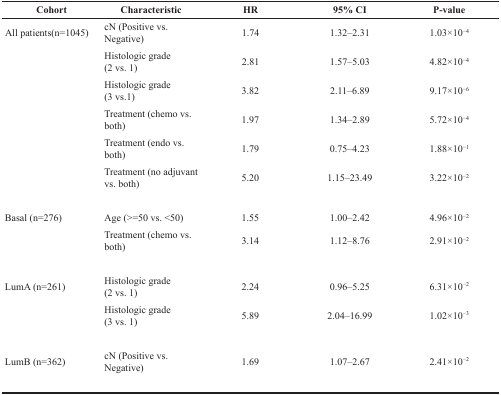
<table><thead><tr><td><b>Cohort</b></td><td><b>Characteristic</b></td><td><b>HR</b></td><td><b>95% CI</b></td><td><b>P-value</b></td></tr></thead><tbody><tr><td rowspan="6">All patients(n=1045)</td><td>cN (Positive vs. Negative)</td><td>1.74</td><td>1.32–2.31</td><td>1.03×10<sup>−4</sup></td></tr><tr><td>Histologic grade (2 vs. 1)</td><td>2.81</td><td>1.57–5.03</td><td>4.82×10<sup>−4</sup></td></tr><tr><td>Histologic grade (3 vs.1)</td><td>3.82</td><td>2.11–6.89</td><td>9.17×10<sup>−6</sup></td></tr><tr><td>Treatment (chemo vs. both)</td><td>1.97</td><td>1.34–2.89</td><td>5.72×10<sup>−4</sup></td></tr><tr><td>Treatment (endo vs. both)</td><td>1.79</td><td>0.75–4.23</td><td>1.88×10<sup>−1</sup></td></tr><tr><td>Treatment (no adjuvant vs. both)</td><td>5.20</td><td>1.15–23.49</td><td>3.22×10<sup>−2</sup></td></tr><tr><td rowspan="2">Basal (n=276)</td><td>Age (&gt;=50 vs. &lt;50)</td><td>1.55</td><td>1.00–2.42</td><td>4.96×10<sup>−2</sup></td></tr><tr><td>Treatment (chemo vs. both)</td><td>3.14</td><td>1.12–8.76</td><td>2.91×10<sup>−2</sup></td></tr><tr><td rowspan="2">LumA(n=261)</td><td>Histologic grade (2 vs. 1)</td><td>2.24</td><td>0.96–5.25</td><td>6.31×10<sup>−2</sup></td></tr><tr><td>Histologic grade (3 vs. 1)</td><td>5.89</td><td>2.04–16.99</td><td>1.02×10<sup>−3</sup></td></tr><tr><td>LumB(n=362)</td><td>cN (Positive vs. Negative)</td><td>1.69</td><td>1.07–2.67</td><td>2.41×10<sup>−2</sup></td></tr></tbody></table>